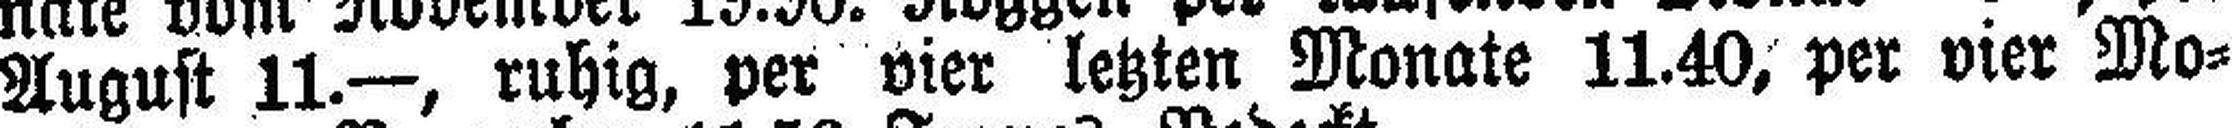
August 11.—, ruhig, per vier letzten Monate 11.40, per vier Mo¬